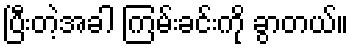
ပြီးတဲ့အခါ ကြမ်းခင်းကို ခွာတယ်။